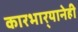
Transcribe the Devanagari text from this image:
कारभार्‍यानेही